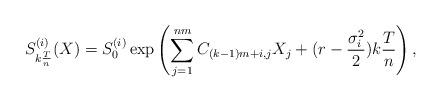
LaTeX: \begin{align*}S^{(i)}_{k\frac{T}{n}}(X)=S_{0}^{(i)}\exp\left(\sum_{j=1}^{nm}C_{(k-1)m+i,j}X_j+(r-\frac{\sigma_i^2}{2})k\frac{T}{n}\right),\end{align*}